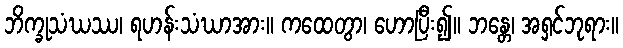
ဘိက္ခုသံဃဿ၊ ရဟန်းသံဃာအား။ ကထေတွာ၊ ဟောပြီး၍။ ဘန္တေ၊ အရှင်ဘုရား။